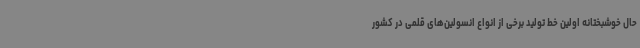
حال خوشبختانه اولین خط تولید برخی از انواع انسولین‌های قلمی در کشور